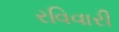
રવિવારી